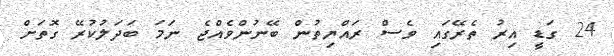
24 ގަޑީ އިރު ތެރޭގައި ވެސް ރައްޔިތުން ބޭނުންވެއްޖެ ނަމަ ބަދަލުކުރޭ ގޮތަށް